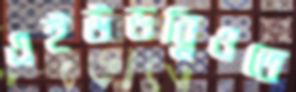
এইউডব্লিওতে